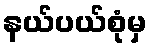
နယ်ပယ်စုံမှ